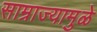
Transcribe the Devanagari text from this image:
साम्राज्यामुळे